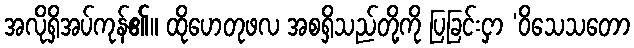
အလိုရှိအပ်ကုန်၏။ ထိုဟေတုဖလ အစရှိသည်တို့ကို ပြခြင်းငှာ ‘ဝိသေသတော